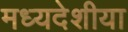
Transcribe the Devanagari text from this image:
मध्यदेशीया